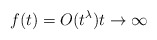
\begin{align*} f(t)=O(t^\lambda ) t\to\infty\end{align*}